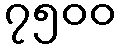
၇၅၀၀